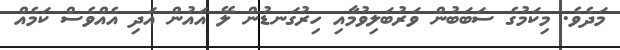
މަދެވެ. މިކަމުގެ ސަބަބުން ވަރުބަލިވުމާއި ހިރުގަނޑުން ލޭ އައުން އަދި އެއްވެސް ކަމެއް